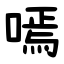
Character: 嘕